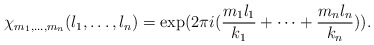
\begin{align*}\chi_{m_1,\ldots,m_n}(l_1,\ldots,l_n) = \exp(2\pi i (\frac{m_1l_1}{k_1}+\dots+\frac{m_n l_n}{k_n})).\end{align*}